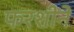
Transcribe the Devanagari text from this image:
फरशीने